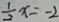
\frac { 1 } { 2 } x = - 2